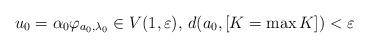
LaTeX: \begin{align*}u_{0}=\alpha_{0}\varphi_{a_{0},\lambda_{0}}\in V(1,\varepsilon),\,d(a_{0},[K=\max K])<\varepsilon\end{align*}